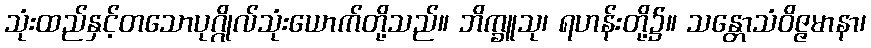
သုံးထည်နှင့်တသောပုဂ္ဂိုလ်သုံးယောက်တို့သည်။ ဘိက္ခူသု၊ ရဟန်းတို့၌။ သန္တောသံဝိဇ္ဇမာနာ၊